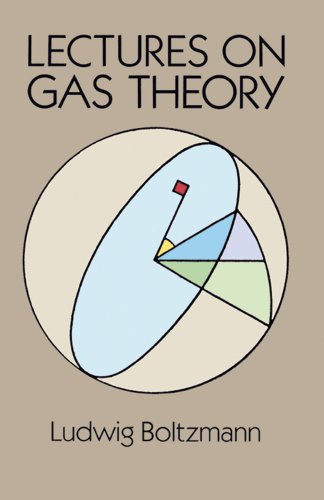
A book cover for Lectures on Gas Theory (Dover Books on Physics); Ludwig Boltzmann; Science & Math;